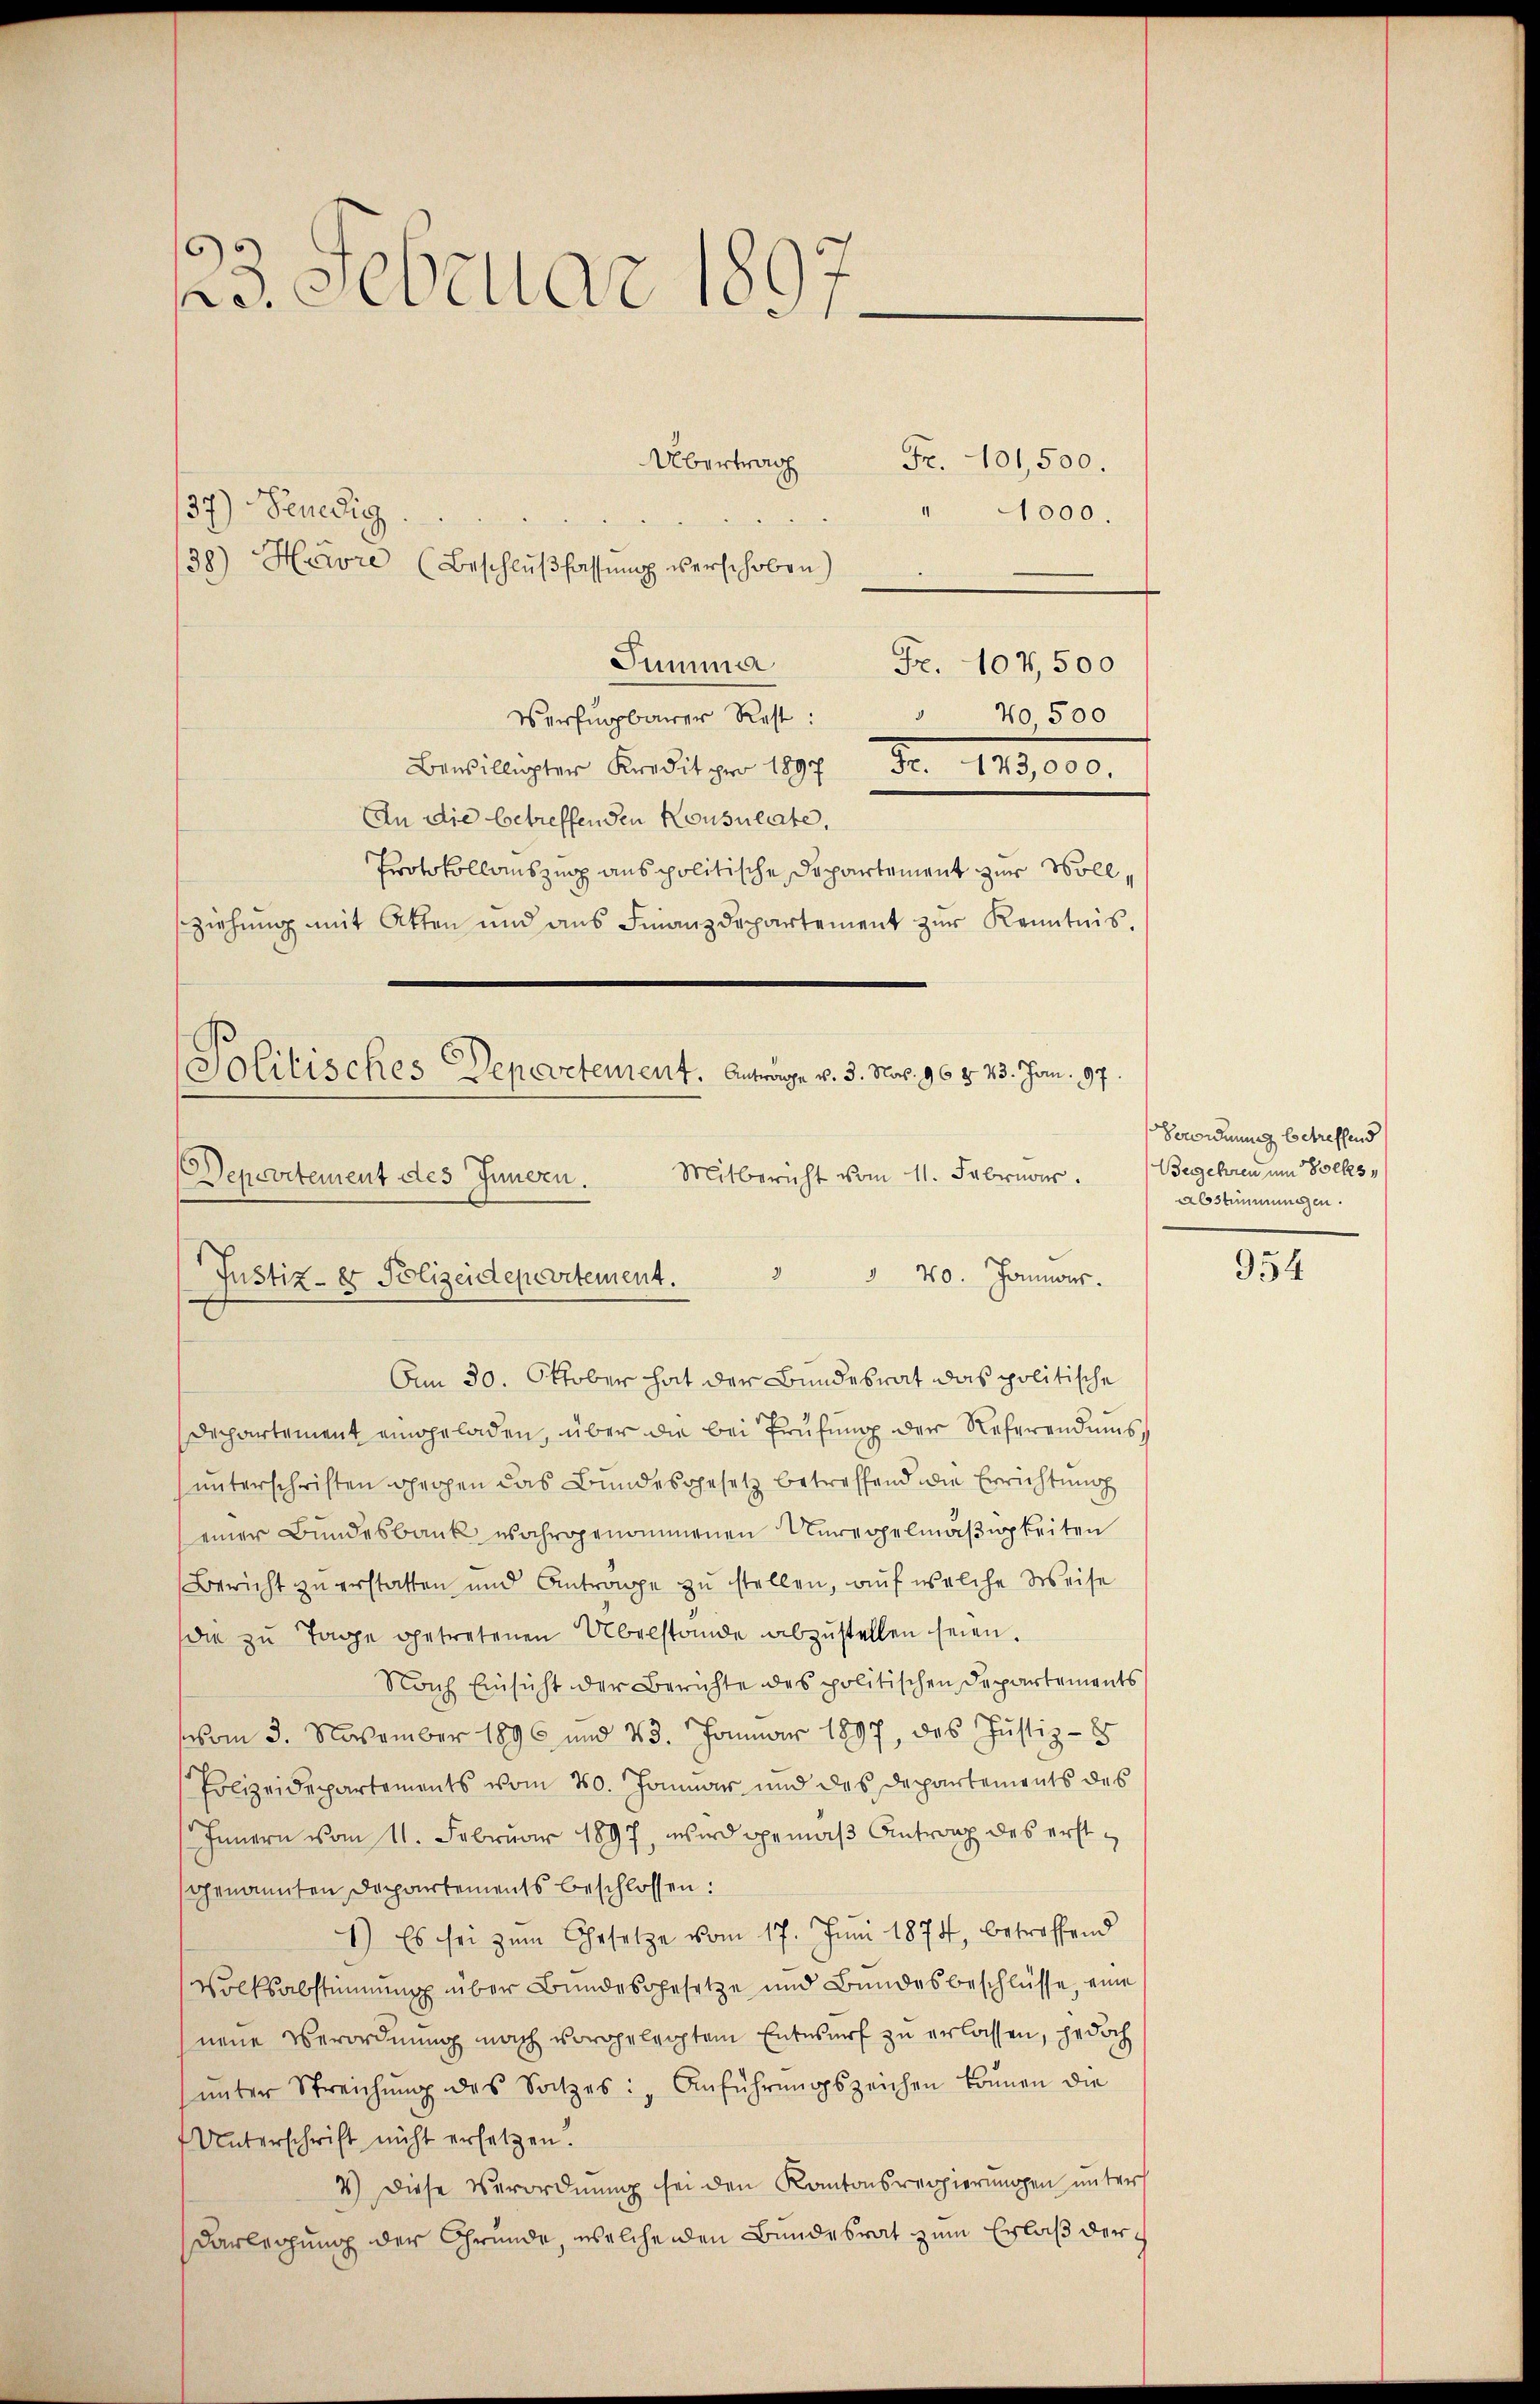
123. Februar 1891

Übertrag
Fr. 101,500.
137) Benedig
1
1000.
38.) Herre (Beschlŭβ fassŭng verschoben)
Summa
Fr. 107,500
Verfungbarer Rest:
40 500
Bewilligter Kredit pro 1897 Fr. 173,000.
An die betreffenden Konsulate,
Protokollauszug aus politische Departement zur Vollsziehung mit Atten und ans Finanzdepartement zŭr Kenntnis.

Politisches Departement. Antrange v. 3. Nat. 96 § 23. Jan. 197
 40. Jannos.
Justiz- & Polizeidepartement.
Am 30. Oktober hat der Bundesrat das politische

Departement des Innern. Mitbericht vom 11. Februar.

Departement eingeladen, über die bei Prüfung der Referendums,
unterschriften gegen das Bundesgesetz betreffend die Errichtung
einer Bundesbank wahrgenommenen Unregelmäßigkeiten
Bericht zu erstatten und Antrage zu stellen, auf welche Weise
die zu Tage getretenen Übelstande abzustellen seien.
Nach Einsicht der Berichte des politischen Departements
vom 3. November 1896 und 23. Januar 1897, das Justiz-
Polizeidepartements vom 20. Januar und des Departements des
Innern vom 11. Februar 1897, wird gemäß Antrag des erstgenannten Departements beschlossen:
1.) Es sei zum Gesetze vom 17. Juni 1874, betreffend
Volksabstimmung über Bundesgesetze und Bundesbeschlüsse, eine
neue Verordnung nach vorgeleichtem Entwurf zu erlassen, jedoch
ŭnter Streichŭng des Satzes: „Anführŭngszeichen können die
Unterschrift nicht ersetzen.
4.) Diese Verordnung sei den Kantonsregierungen unter
Darlegung der Grunde, welchenden Bundesrat zum Erlaß der

Verordnung betreffend
Begehren um Volkes,
Abstimmungen.

954